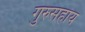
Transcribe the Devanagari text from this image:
गुरुसहाय